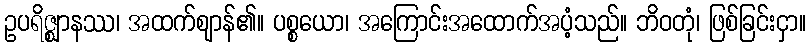
ဥပရိဇ္ဈာနဿ၊ အထက်ဈာန်၏။ ပစ္စယော၊ အကြောင်းအထောက်အပံ့သည်။ ဘိဝတုံ၊ ဖြစ်ခြင်းငှာ။